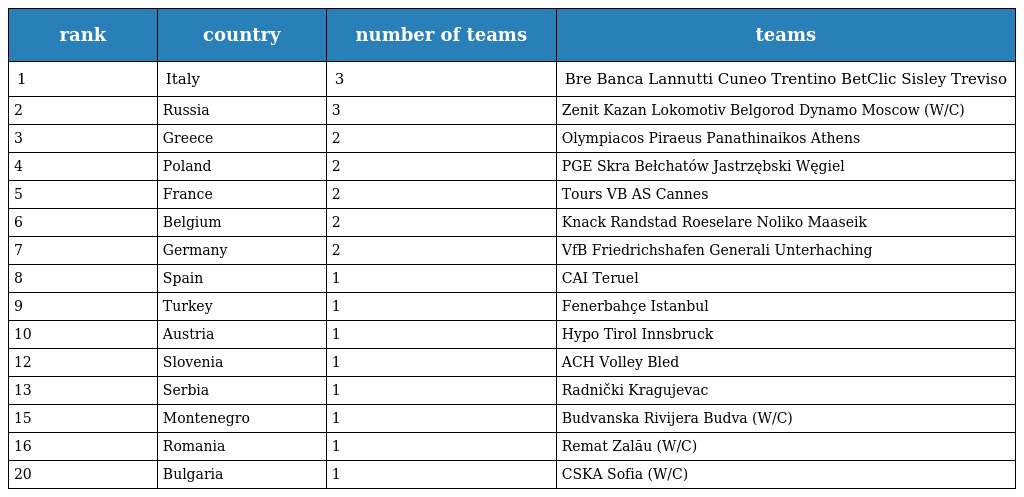
| rank | country | number of teams | teams |
 | --- | --- | --- | --- |
 | 1 | Italy | 3 | Bre Banca Lannutti Cuneo Trentino BetClic Sisley Treviso |
 | 2 | Russia | 3 | Zenit Kazan Lokomotiv Belgorod Dynamo Moscow (W/C) |
 | 3 | Greece | 2 | Olympiacos Piraeus Panathinaikos Athens |
 | 4 | Poland | 2 | PGE Skra Bełchatów Jastrzębski Węgiel |
 | 5 | France | 2 | Tours VB AS Cannes |
 | 6 | Belgium | 2 | Knack Randstad Roeselare Noliko Maaseik |
 | 7 | Germany | 2 | VfB Friedrichshafen Generali Unterhaching |
 | 8 | Spain | 1 | CAI Teruel |
 | 9 | Turkey | 1 | Fenerbahçe Istanbul |
 | 10 | Austria | 1 | Hypo Tirol Innsbruck |
 | 12 | Slovenia | 1 | ACH Volley Bled |
 | 13 | Serbia | 1 | Radnički Kragujevac |
 | 15 | Montenegro | 1 | Budvanska Rivijera Budva (W/C) |
 | 16 | Romania | 1 | Remat Zalău (W/C) |
 | 20 | Bulgaria | 1 | CSKA Sofia (W/C) |